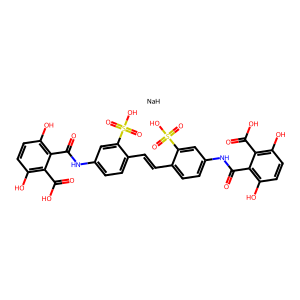
SMILES: O=C(O)c1c(O)ccc(O)c1C(=O)Nc1ccc(C=Cc2ccc(NC(=O)c3c(O)ccc(O)c3C(=O)O)cc2S(=O)(=O)O)c(S(=O)(=O)O)c1.[NaH]
Inhibits HIV replication: Yes